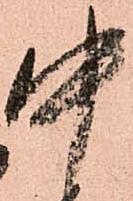
中